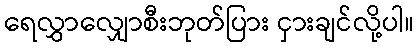
ရေလွှာလျှောစီးဘုတ်ပြား ငှားချင်လို့ပါ။